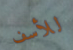
للأسف